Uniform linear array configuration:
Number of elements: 8
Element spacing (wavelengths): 0.75
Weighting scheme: uniform
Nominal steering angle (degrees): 45
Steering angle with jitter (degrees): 44.203
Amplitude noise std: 0.05
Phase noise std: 0.05

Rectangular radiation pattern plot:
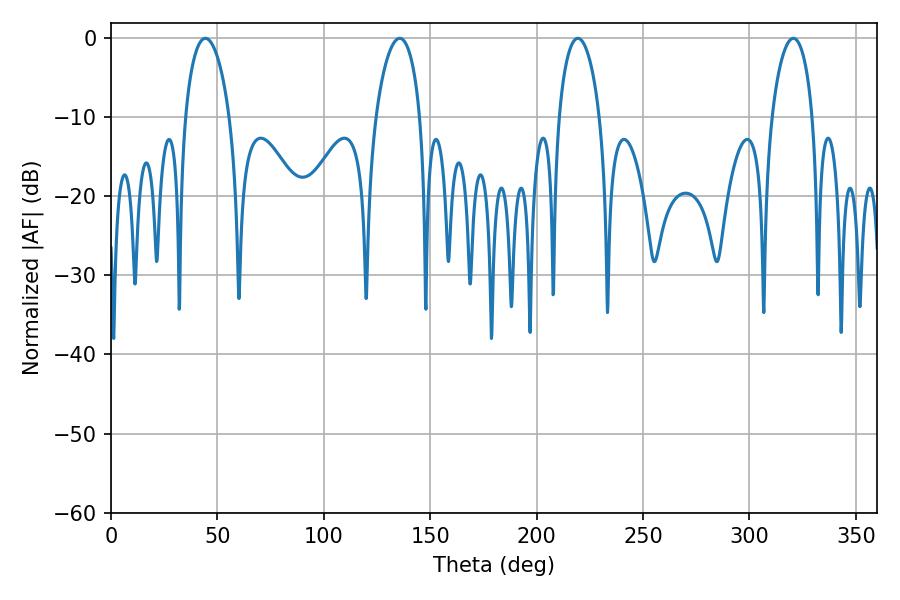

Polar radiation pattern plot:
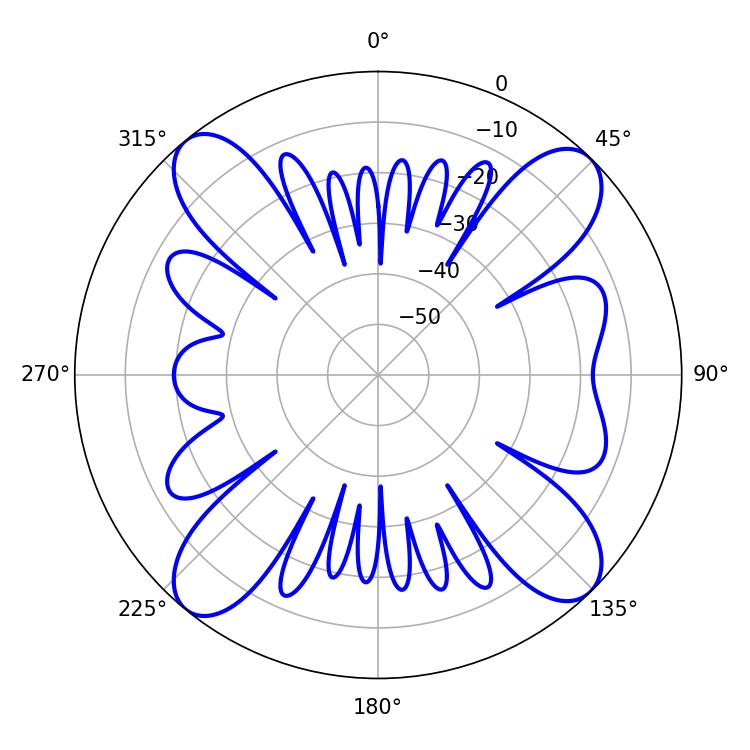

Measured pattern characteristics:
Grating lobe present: TRUE
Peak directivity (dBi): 14.969
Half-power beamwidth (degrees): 10.8
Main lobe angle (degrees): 219.42